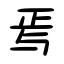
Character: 焉